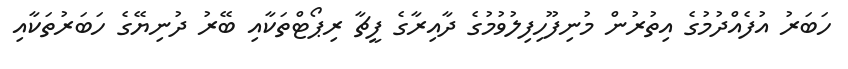
ހަބަރު އުފެއްދުމުގެ އިތުރުން މުނިފޫހިފިލުވުމުގެ ދާއިރާގެ ފީޗާ ރިޕޯޓްތަކާއި ބޭރު ދުނިޔޭގެ ހަބަރުތަކާއި